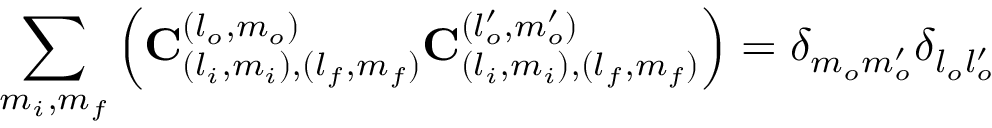
\sum _ { m _ { i } , m _ { f } } \left( \mathbf { C } _ { ( l _ { i } , m _ { i } ) , ( l _ { f } , m _ { f } ) } ^ { ( l _ { o } , m _ { o } ) } \mathbf { C } _ { ( l _ { i } , m _ { i } ) , ( l _ { f } , m _ { f } ) } ^ { ( l _ { o } ^ { \prime } , m _ { o } ^ { \prime } ) } \right) = \delta _ { m _ { o } m _ { o } ^ { \prime } } \delta _ { l _ { o } l _ { o } ^ { \prime } }